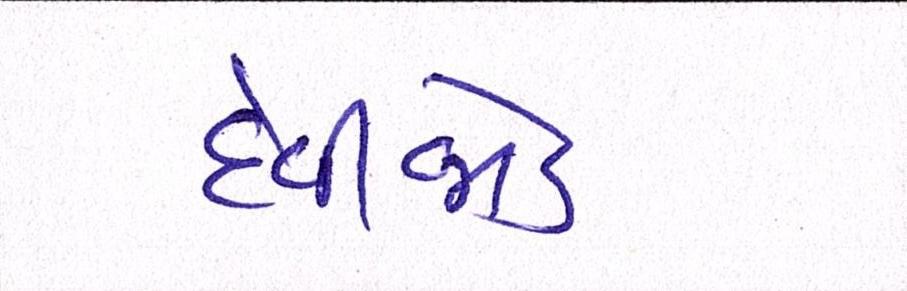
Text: દેવીજોડ